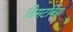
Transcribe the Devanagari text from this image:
डिसटर्बिया